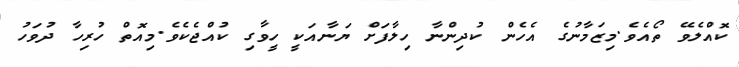
ކޮއްލެވޭ ތޯއެވެ.މިޒަމާނުގެ އެހެން ކުދިންނާ ހިލާފަށް ޔަނާއަކީ ހީވާގި ކުއްޖެކެވެ.މިއޮތް ހުރިހާ ދުވަހު